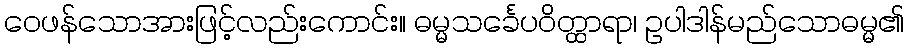
ဝေဖန်သောအားဖြင့်လည်းကောင်း။ ဓမ္မသင်္ခေပဝိတ္ထာရာ၊ ဥပါဒါန်မည်သောဓမ္မ၏